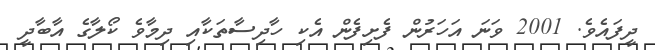
ދީފައެވެ. 2001 ވަނަ އަހަރުން ފެށިފެން އެކި ހާދިސާތަކާއި ދިމާވެ ކޯލާގެ އާބާދީ